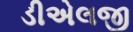
ડીએલજી